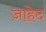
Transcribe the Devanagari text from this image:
ज़ाहेद